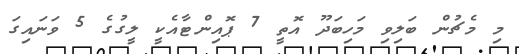
މި މެޗުން ބަލިވި މަހިބަދޫ އޮތީ 7 ޕޮއިންޓާއެކީ ލީގުގެ 5 ވަނައިގަ